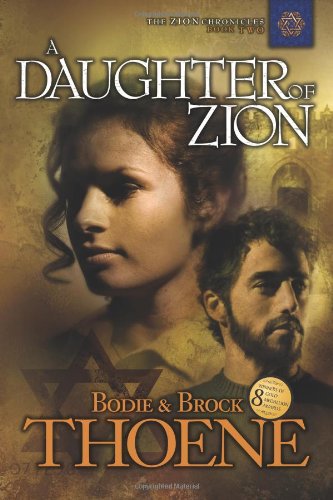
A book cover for A Daughter of Zion (Zion Chronicles); Bodie Thoene; Literature & Fiction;